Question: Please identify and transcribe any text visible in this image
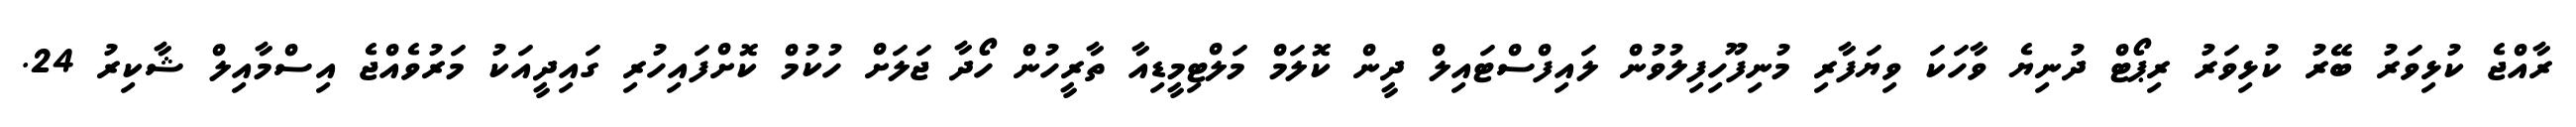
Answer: ރާއްޖެ ކުޅިވަރު ބޭރު ކުޅިވަރު ރިޕޯޓް ދުނިޔެ ވާހަކަ ވިޔަފާރި މުނިފޫހިފިލުވުން ލައިފްސްޓައިލް ދީން ކޮލަމް މަލްޓިމީޑިއާ ތާރީހުން ހޯދާ ޖަލަށް ހުކުމް ކޮށްފައިހުރި ގައިދީއަކު މަރުވެއްޖެ އިސްމާއިލް ޝާކިރު 24.